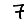
Digit: 7